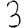
Digit: 3